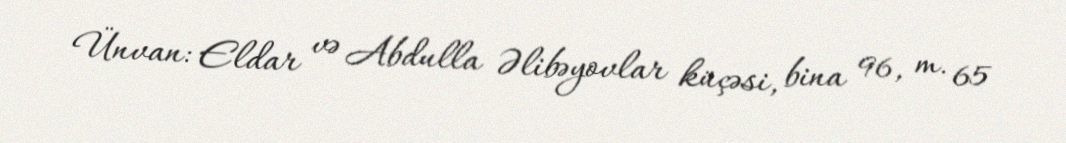
Ünvan: Eldar və Abdulla Əlibəyovlar küçəsi, bina 96, m. 65